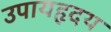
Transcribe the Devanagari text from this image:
उपायहृदय